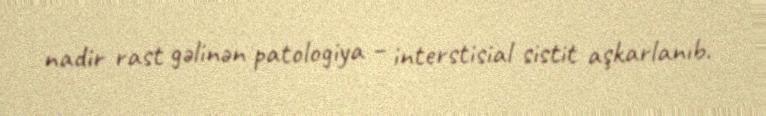
nadir rast gəlinən patologiya – interstisial sistit aşkarlanıb.